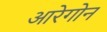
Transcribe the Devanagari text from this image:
आरेगोन